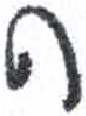
אות: ה